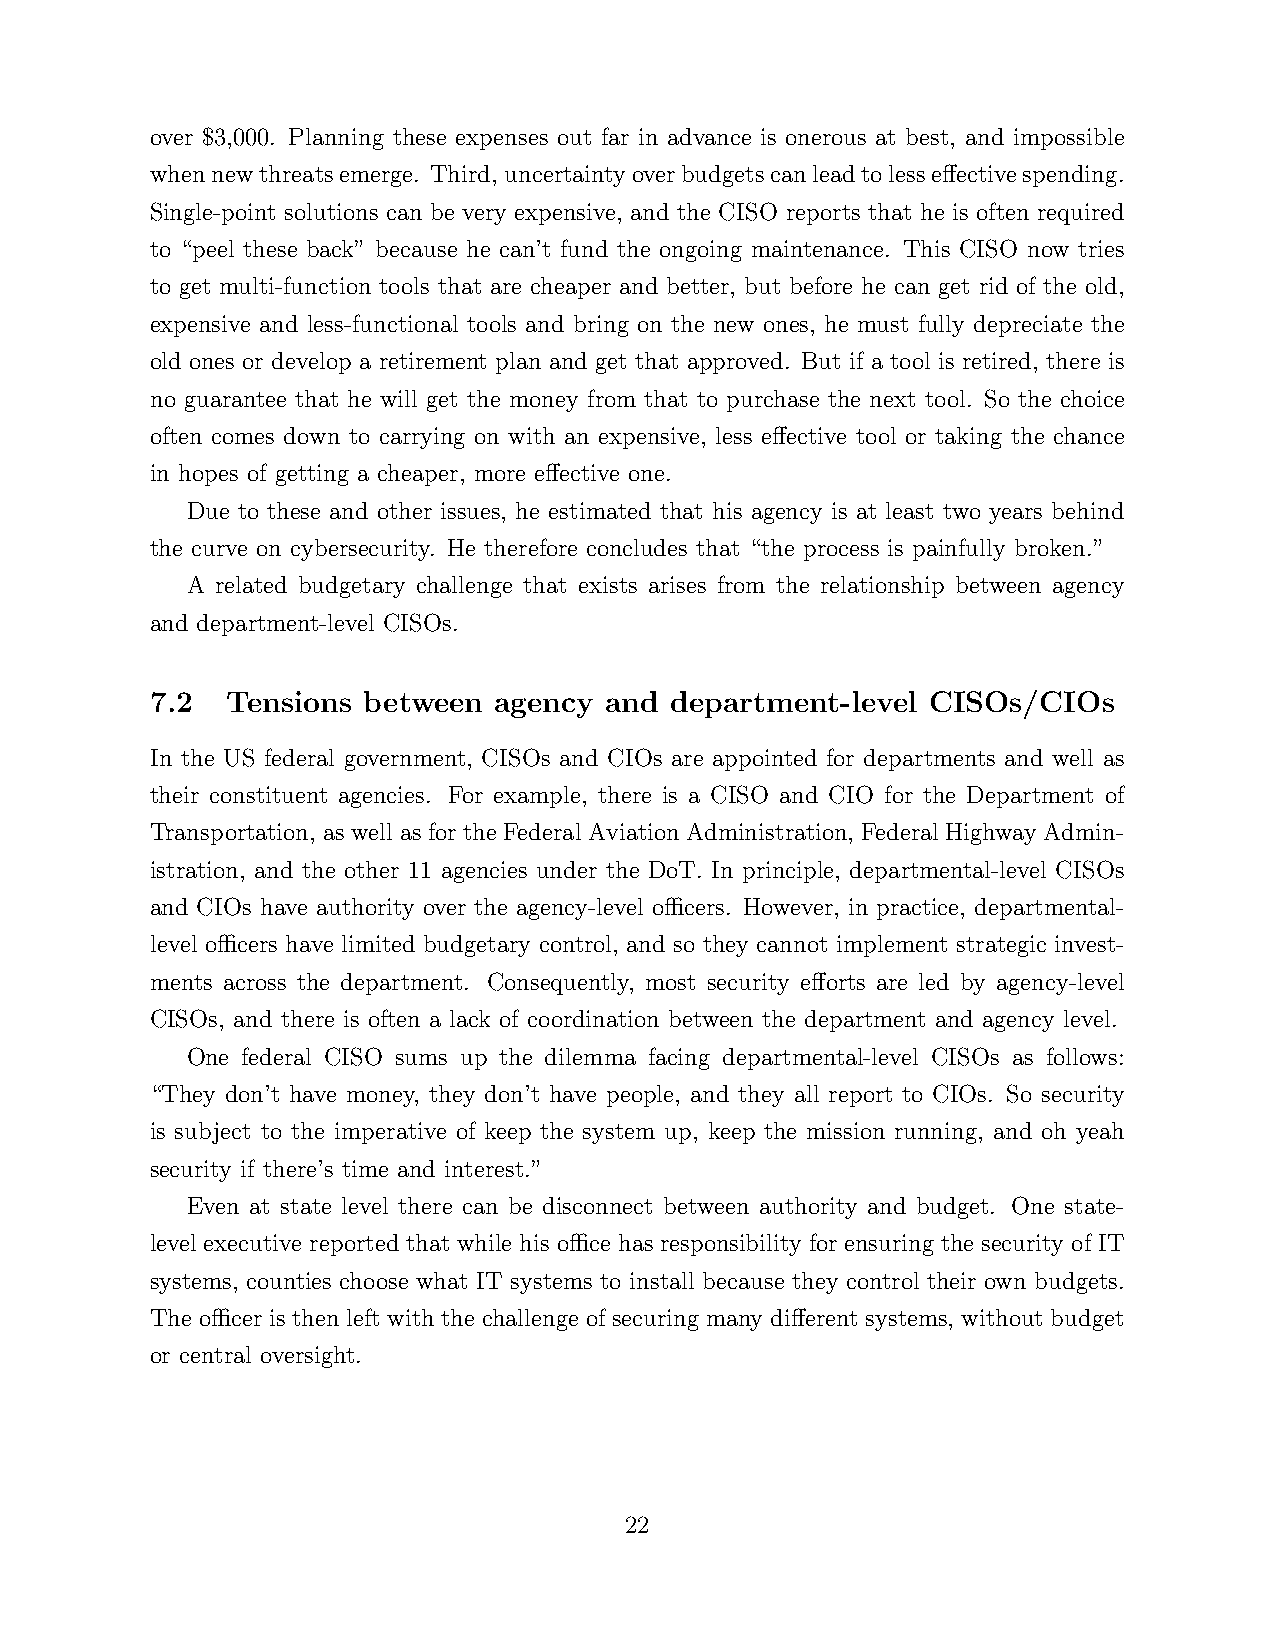
over $3,000. Planning these expenses out far in advance is onerous at best, and impossible
 whennewthreatsemerge. Third, uncertaintyoverbudgetscanleadtolesseffectivespending.
 Single-point solutions can be very expensive, and the CISO reports that he is often required
 to “peel these back” because he can’t fund the ongoing maintenance. This CISO now tries
 to get multi-function tools that are cheaper and better, but before he can get rid of the old,
 expensive and less-functional tools and bring on the new ones, he must fully depreciate the
 old ones or develop a retirement plan and get that approved. But if a tool is retired, there is
 no guarantee that he will get the money from that to purchase the next tool. So the choice
 often comes down to carrying on with an expensive, less effective tool or taking the chance
 in hopes of getting a cheaper, more effective one.
 Due to these and other issues, he estimated that his agency is at least two years behind
 the curve on cybersecurity. He therefore concludes that “the process is painfully broken.”
 A related budgetary challenge that exists arises from the relationship between agency
 and department-level CISOs.
 7.2  Tensions between  agency and department-level  CISOs/CIOs
 In the US federal government, CISOs and CIOs are appointed for departments and well as
 their constituent agencies. For example, there is a CISO and CIO for the Department of
 Transportation, as well as for the Federal Aviation Administration, Federal Highway Admin-
 istration, and the other 11 agencies under the DoT. In principle, departmental-level CISOs
 and CIOs have authority over the agency-level officers. However, in practice, departmental-
 level officers have limited budgetary control, and so they cannot implement strategic invest-
 ments across the department. Consequently, most security efforts are led by agency-level
 CISOs, and there is often a lack of coordination between the department and agency level.
 One federal CISO sums up the dilemma facing departmental-level CISOs as follows:
 “They don’t have money, they don’t have people, and they all report to CIOs. So security
 is subject to the imperative of keep the system up, keep the mission running, and oh yeah
 security if there’s time and interest.”
 Even at state level there can be disconnect between authority and budget. One state-
 level executive reported that while his office has responsibility for ensuring the security of IT
 systems, counties choose what IT systems to install because they control their own budgets.
 The officer is then left with the challenge of securing many different systems, without budget
 or central oversight.
 22